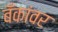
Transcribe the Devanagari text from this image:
बँकांवर